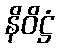
နိဝိဋ္ဌံ